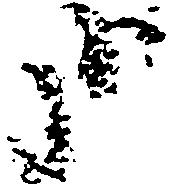
哉